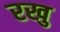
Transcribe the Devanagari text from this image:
रखु